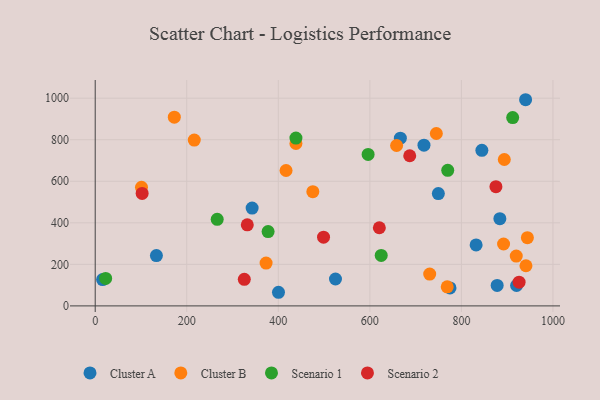
{"axis": {"x": "Ad Spend", "y": "Sales"}, "legend": ["Cluster A", "Cluster B", "Scenario 1", "Scenario 2"], "data": [{"x": "400.4", "y": 65.6, "type": "Cluster A"}, {"x": "940.2", "y": 992.6, "type": "Cluster A"}, {"x": "844.7", "y": 749.0, "type": "Cluster A"}, {"x": "884.0", "y": 420.0, "type": "Cluster A"}, {"x": "524.9", "y": 129.4, "type": "Cluster A"}, {"x": "666.6", "y": 807.3, "type": "Cluster A"}, {"x": "749.6", "y": 540.6, "type": "Cluster A"}, {"x": "832.1", "y": 293.4, "type": "Cluster A"}, {"x": "342.8", "y": 471.2, "type": "Cluster A"}, {"x": "775.1", "y": 86.6, "type": "Cluster A"}, {"x": "920.5", "y": 98.3, "type": "Cluster A"}, {"x": "878.1", "y": 98.8, "type": "Cluster A"}, {"x": "16.2", "y": 126.9, "type": "Cluster A"}, {"x": "133.7", "y": 242.1, "type": "Cluster A"}, {"x": "718.2", "y": 773.7, "type": "Cluster A"}, {"x": "658.4", "y": 772.2, "type": "Cluster B"}, {"x": "919.8", "y": 239.7, "type": "Cluster B"}, {"x": "438.5", "y": 781.9, "type": "Cluster B"}, {"x": "475.4", "y": 549.9, "type": "Cluster B"}, {"x": "373.3", "y": 206.2, "type": "Cluster B"}, {"x": "172.8", "y": 908.5, "type": "Cluster B"}, {"x": "893.7", "y": 704.8, "type": "Cluster B"}, {"x": "416.9", "y": 651.9, "type": "Cluster B"}, {"x": "730.7", "y": 153.3, "type": "Cluster B"}, {"x": "745.2", "y": 830.1, "type": "Cluster B"}, {"x": "769.0", "y": 91.8, "type": "Cluster B"}, {"x": "892.1", "y": 298.0, "type": "Cluster B"}, {"x": "216.4", "y": 798.5, "type": "Cluster B"}, {"x": "941.0", "y": 193.2, "type": "Cluster B"}, {"x": "101.1", "y": 571.2, "type": "Cluster B"}, {"x": "944.1", "y": 328.5, "type": "Cluster B"}, {"x": "596.2", "y": 729.2, "type": "Scenario 1"}, {"x": "912.0", "y": 906.7, "type": "Scenario 1"}, {"x": "22.8", "y": 132.2, "type": "Scenario 1"}, {"x": "624.8", "y": 242.8, "type": "Scenario 1"}, {"x": "770.1", "y": 652.9, "type": "Scenario 1"}, {"x": "377.7", "y": 357.7, "type": "Scenario 1"}, {"x": "438.5", "y": 807.8, "type": "Scenario 1"}, {"x": "266.5", "y": 416.8, "type": "Scenario 1"}, {"x": "926.0", "y": 114.2, "type": "Scenario 2"}, {"x": "332.2", "y": 390.1, "type": "Scenario 2"}, {"x": "620.7", "y": 376.2, "type": "Scenario 2"}, {"x": "875.4", "y": 574.1, "type": "Scenario 2"}, {"x": "325.7", "y": 128.0, "type": "Scenario 2"}, {"x": "102.5", "y": 541.3, "type": "Scenario 2"}, {"x": "687.1", "y": 722.8, "type": "Scenario 2"}, {"x": "498.8", "y": 330.8, "type": "Scenario 2"}]}